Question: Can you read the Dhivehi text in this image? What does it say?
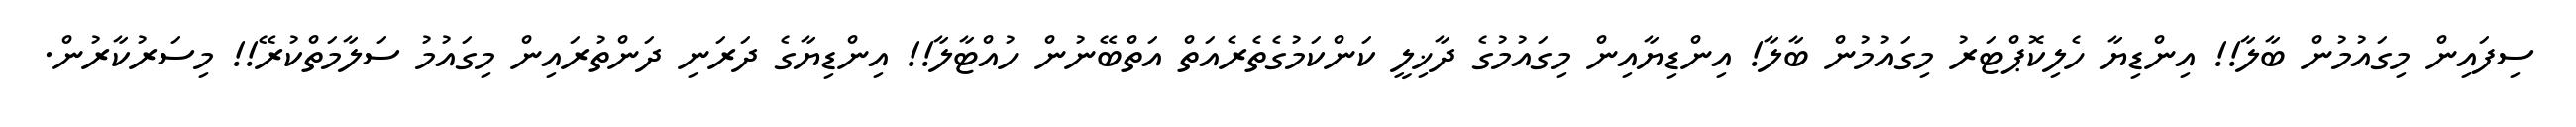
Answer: ސިފައިން މިގައުމުން ބާލާ!! އިންޑިޔާ ހެލިކޮޕްޓަރު މިގައުމުން ބާލާ! އިންޑިޔާއިން މިގައުމުގެ ދާޚިލީ ކަންކަމުގެތެރެއަތް އަތްބޭނުން ހުއްޓާލާ!! އިންޑިޔާގެ ދަރަނި ދަންތުރައިން މިގައުމު ސަލާމަތްކުރޭ!! މިސަރުކާރުން.